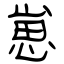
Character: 崽